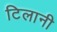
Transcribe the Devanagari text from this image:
टिलानी